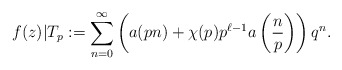
\begin{align*}f(z)|T_p := \sum_{n=0}^{\infty} \left(a(pn)+\chi(p)p^{\ell-1}a\left(\frac{n}{p}\right)\right)q^n.\end{align*}